Vital statistics of India. Vol. V, Reports of 1876 on armies & jails and on epidemic cholera
Year: 1876
Disease focus: Cholera
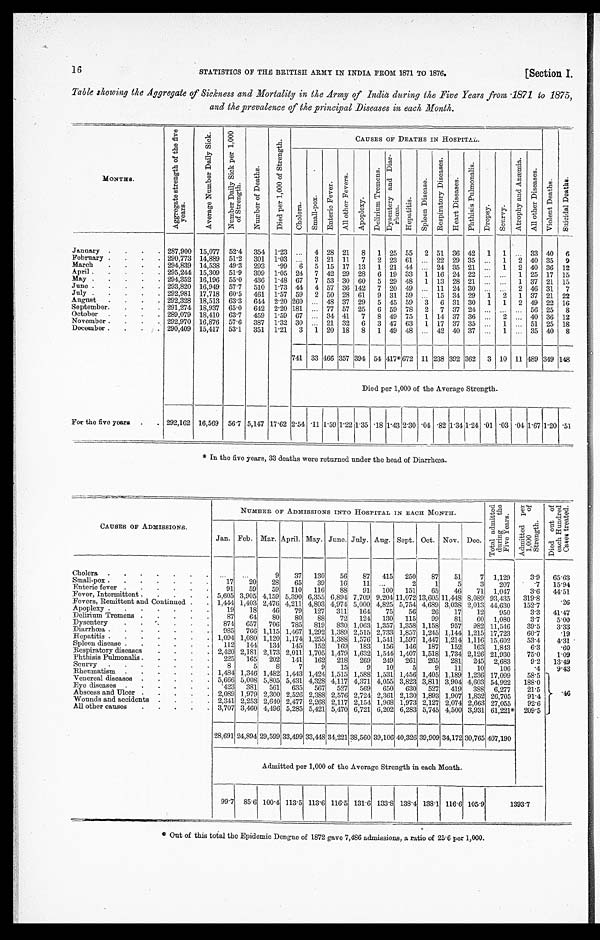
STATISTICS OF THE BRITISH ARMY IN INDIA FROM 1871 TO 1876.
[Section I,
16
Table showing the Aggregate of Sickness and Mortality in the Army of India during the Five Years from,1871 to 1875,
and the prevalence of the principal Diseases in each Month.
MONT HS .
A g g r e g a t e s t r e n g t h o f t h e f i v e y e a r s .
A v e r a g e N u m b e r D a i l y S i c k .
N u m b e r D a i l y S i c k p e r 1 , 0 0 0 o f s t r e n g t h .
N u m b e r o f D e a t h s .
D i e d p e r 1 , 0 0 0 o f S t r e n g t h .
CAUSES OF DEATHS IN HOSPITAL.
V i o l e n t D e a t h s .
S u i c i d a l D e a t h s .
C h o l e r a .
S m a l l - p o x .
E n t e r i c F e v e r .
Al l o t h e r F e v e r s .
A p o p l e x y .
Del i ri um Tremens.
D y s e n t e r y a n d D i a r - r h œ a
H e p a t i t i s .
S p l e e n D i s e a s e .
R e s p i r a t o r y D i s e a s e s .
H e a r t D i s e a s e s.
P h t h i s i s P u l m o n a l i s .
D r o p s y .
S c u r v y .
A t r o p h y a n d A n æ m i a .
A l l o t h e r D i s e a s e s .
January. . .
287,900 15,077
52.4
354
1.23
. . .
4 28 21
8
1
25 55
2 51
36 42
1
1
. . . 33
40
6
February . . .
290,773 14,889
51.2
301
1.03
. . .
3 21
11
7
2
23 61
. . . 22
29 35
. . .
1
2 40 35
9
March
. . .
294,839
14,538
49.3
293
.99
6
5
15 17
13
1
21
44
. . . 24 35 21
. . .
1
2 40
36
12
April . . .
295,244 15,309
51.9
309
1.05
24
7 42 29
28
6 19
33
1 16
24 22
. . .
. . . 1
25
17
15
May . . .
294,352
16,196
55.0
436
1.48
67
7
53 30
60
5
29 48
1
13
28 21
. . .
. . .
1
37
21
15
June . . .
293,820 16,949
57.7
510
1.73 44
4 57
36 142
7
20 49
. . . 11
24 30
. . .
. . .
2 46
31
7
July
. . .
292,981
17,718
60.5
461
1.57
59
2 50 28
61
9
31
59
. . . 15
34 29
1
2
1
37
21
22
August
. . . 292,328
18,513
63.3
644
2.20 260
. . . 48 37
29
5 45
59
3
6
31
30
1
1
2 49
22
16
September.
. . .
291,274 18,937
65.0
642
2.20 181
. . . 77
57
25
6
59
78
2
7
37
24
. . .
. . .
. . . 56 25
8
October
. . .
289,079 18,410
63.7
459
1.59
67
. . . 34 41
7
8 49
75
1
14 37
36
. . .
2
. . . 40
36
12
November . . .
292,970 16,876
57.6
387
1.32 30
. . . 21
32
6
3 47
63
1
17
37
35
. . . 1
. . . 51
25
18
December . . .
290,409
15,417
53.1
351
1.21
3
1
20
18
8
1
49 48
. . . . 42 40 37
. . .
1
. . .
35
40
8
741
33 466 357 394 54 417*
672
11 238 392 362
3 10 11 489 349 148
Died per 1,000 of the Average Strength.
For the five years
. . .
292,162
16,569
56.7 5,147 17.62 2.54 .11 1.59 1.22 1.35 .18 1.43 2.30 .04 .82 1.34 1.24 .01 .03 .04 1.67 1.20 .51
* In the five years, 33 deaths were returned under the head of Diarrhœa.
CAUSES OF ADMISSIONS.
NUMBER OF ADMISSIONS INTO HOSPITAL IN EACH MONTH.
To t a l a d mi t t e d d u r i n g t h e y e a r .
Admi t t ed per 1, 000 of st r engt h.
D i e d o u t o f e a c h H u n d r e d C a s e s t r e a t e d .
Jan. Feb. Mar. April. May. June. July. Aug. Sept. Oct. Nov. Dec.
Cholera
. . .
. . .
. . .
9
37
130
56
87
415
250
87
51
7
1,129
3.9
65.63
Small-pox .
. . .
17
20
28
65
39
16
11
. . .
2
1
5
3
207
.7
15.94
Enteric fever
. . .
91
59
59
110
116
88
91
100
151
65
46
71
1,047
3.6
44.51
Fever, Intermittent . . . 5,605 3,905 4,159 5,390 6,355 6,894 7,709 9,204 11,072 13,605 11,448 8,089 93,435
319.8
. 2 6
Fevers, Remittent and Continued . . . 1,444 1,403 2,476 4,211 4,803 4,974 5,000 4,825 5,754 4,689 3,038 2,013 44,630
152.7
Apoplexy
. . .
19
18
46
79
127
311
164
75
56
26
17
12
950
3.3
41.47
Delirium Tremens
. . .
87
64
80
80
88
72
124
130
115
99
81
60
1,080
3.7
5.00
Dysentery
. . .
874
657
706
785
819
830 1,063 1,357 1,358 1,158
957
982 11,546
39.5
3.33
Diarrhœa . . .
985
766 1,115 1,467 1,292 1,389 2,515 2,733 1,857 1,245 1,144 1,215 17,723
60.7
.19
Hepatitis
. . . 1,094 1,080 1,120 1,174 1,255 1,388 1,576 1,541 1,597 1,447 1,214 1,116 15,602
53.4
4.31
Spleen disease . . .
112
144
134
145
152
169
183
156
146
187
152
163
1,843
6.3
.60
Respiratory diseases
. . . 2,420 2,181. 2,173! 2,011 1,705 1,479 1,632 1,544 1,407 1,518 1,734 2,126 21,930
75.0
1.09
Phthisis Puhmonalis . . .
225
165
202
141
162
218
269
249
261
265
281
245
2,683
9.2
13.49
Scurvy
. . .
8
5
8
7
9
15
9
10
5
9
11
10
106
.4
9.43
Rheumatism
. . . 1,484 1,346 1,482 1,443 1,424 1,515 1,588 1,531 1,456 1,405 1,189 1,236 17,099
58.5
Venereal diseases
. . . 5,666 5,008 5,805 5,431 4,328 4,117 4,371 4,055 3,823 3,811 3,904 4,603 54.922
188.0
Eye diseases
. . .
.423
381
561
635
567
527
569
650
630
527
419
388
6,277
21.5
.46
Abscess and Ulcer
. . . 2,089 1,979 2,300 2,526 2,388 2,576 2,724 2,361 2,130 1,893 1,907 1,832 26,705
91.4
Wounds and accidents
. . . 2,341 2,253 2,640 2,477 2,268 2,11.7 2,1.54 1,968 1,973 2,127 2,074 2,663 27,055
92.6
All other causes
. . . 3,707 3,460 4,496 5,285 5,421 5,470 6,721 6,202 6,283 5,745 4,500 3,931 61,221*
209.5
28,691 24,894 29,599 33,499 33,448 34,221 38,560 39,106 40,326 39,909 34,172 30,765 407,190
Admitted per 1,000 of the Average Strength in each Month.
99.7
85.6 100.4 113.5 113.6 116.5 131.6
133.8 138.4 138.1 116.6 105.9
1393.7
* Out of this total the Epidemic Dengue of 1872 gave 7,486 admissions, a ratio of 25.6 per 1,000.